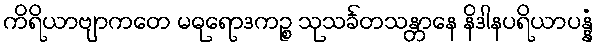
ကိရိယာဗျာကတေ မဓုရောဒကဉ္စ သုသင်္ခတသန္တာနေ နိဒါနပရိယာပန္နံ